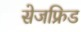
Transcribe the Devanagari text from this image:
सेजफ्रिड